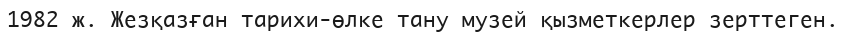
1982 ж. Жезқазған тарихи-өлке тану музей қызметкерлер зерттеген.